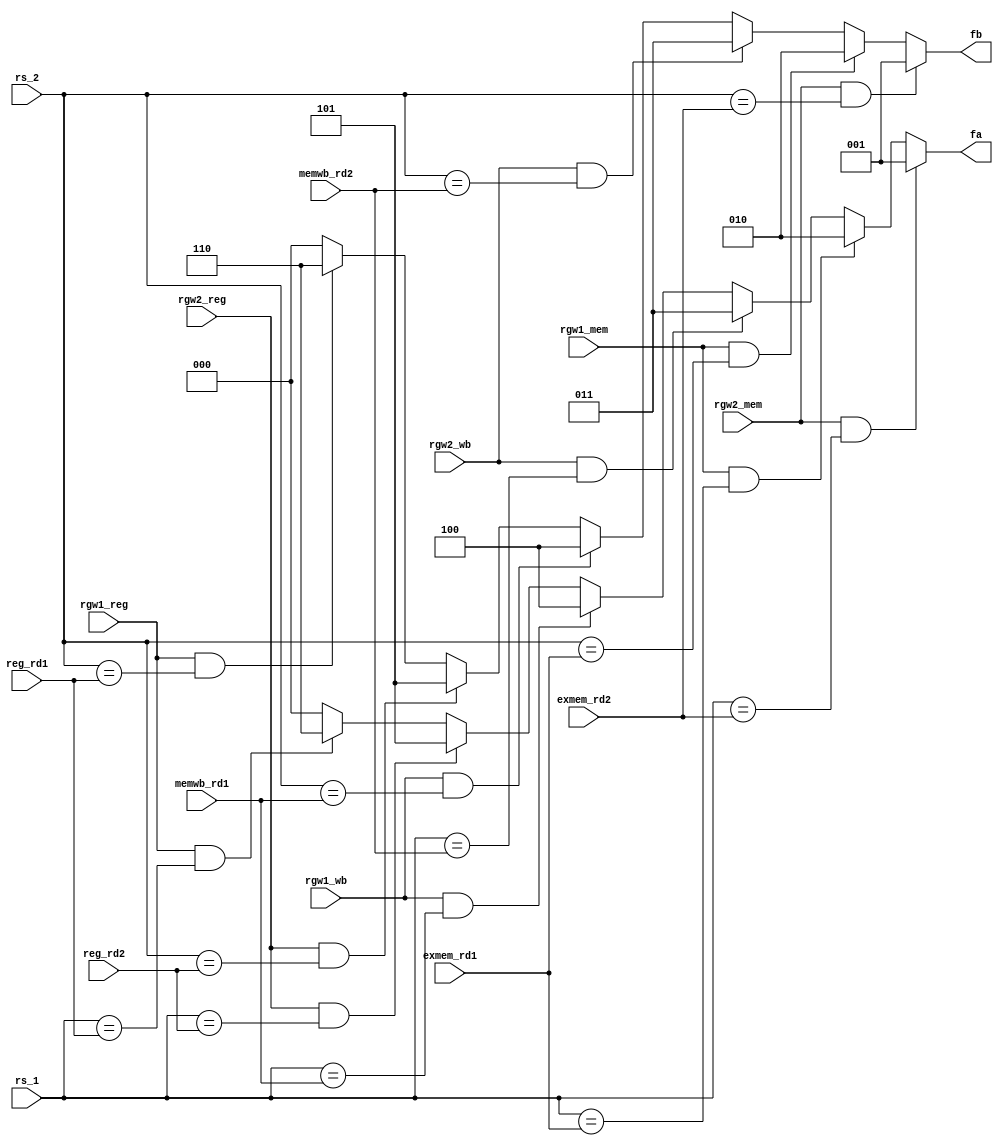
`timescale 1ns / 1ps

module forwarding_unit(
                       input [4:0] rs_1,
                       input [4:0] rs_2,
                       input [4:0] exmem_rd1,
                       input [4:0] exmem_rd2,
                       input [4:0] memwb_rd1,
                       input [4:0] memwb_rd2,
                       input [4:0] reg_rd1, 
                       input [4:0] reg_rd2,
                       
                       input rgw1_mem,
                       input rgw2_mem,
                       input rgw1_wb,
                       input rgw2_wb,
                       input rgw1_reg,
                       input rgw2_reg,
                       
                       output reg [2:0] fa,
                       output reg [2:0] fb
                       );


always @(*)
 begin
   
   if(rgw2_mem && rs_1==exmem_rd2)
    begin
     fa = 3'b001;
    end
   else if(rgw1_mem && rs_1==exmem_rd1)
    begin
     fa = 3'b010;
    end
   else if(rgw2_wb && rs_1==memwb_rd2)
    begin
     fa = 3'b011;
    end
   else if(rgw1_wb && rs_1==memwb_rd1)
    begin
     fa = 3'b100;
    end
   else if(rgw2_reg && rs_1==reg_rd2)
    begin
     fa = 3'b101;
    end
   else if(rgw1_reg && rs_1==reg_rd1)
    begin
     fa = 3'b110;
    end
   else
    begin
     fa = 3'b000;
    end
    

   if(rgw2_mem && rs_2==exmem_rd2)
    begin
     fb = 3'b001;
    end
   else if(rgw1_mem && rs_2==exmem_rd1)
    begin
     fb = 3'b010;
    end
   else if(rgw2_wb && rs_2==memwb_rd2)
    begin
     fb = 3'b011;
    end
   else if(rgw1_wb && rs_2==memwb_rd1)
    begin
     fb = 3'b100;
    end
   else if(rgw2_reg && rs_2==reg_rd2)
    begin
     fb = 3'b101;
    end
   else if(rgw1_reg && rs_2==reg_rd1)
    begin
     fb = 3'b110;
    end
   else
    begin
     fb = 3'b000;
    end

       
 end
endmodule